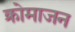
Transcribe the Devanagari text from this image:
क्रोमाजन